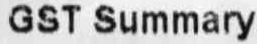
GST SUMMARY